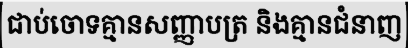
ជាប់ចោទគ្មានសញ្ញាបត្រ និងគ្មានជំនាញ